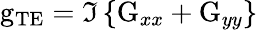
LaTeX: \mathrm{g}_{\mathrm{TE}}=\Im\left\{ \mathrm{G}_{xx}+\mathrm{G}_{yy}\right\}